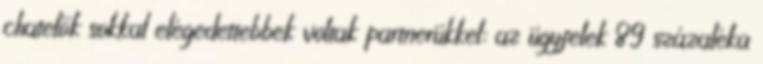
chatelők sokkal elégedettebbek voltak partnerükkel: az ügyfelek 89 százaléka